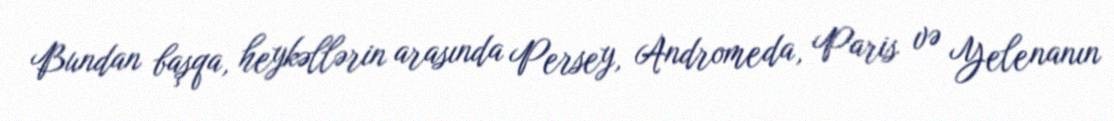
Bundan başqa, heykəllərin arasında Persey, Andromeda, Paris və Yelenanın